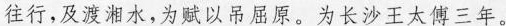
往行，及渡湘水，为赋以吊屈原。为长沙王太傅三年。